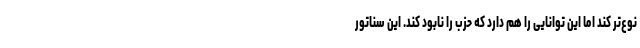
نوع‌تر کند اما این توانایی را هم دارد که حزب را نابود کند. این سناتور